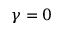
\gamma = 0